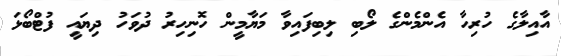
އާއިލާގެ ހުރިހާ އެންމެންގެ ލޯބި ލިބިފައިވާ މަޔާމީން ހޮނިހިރު ދުވަހު ދިޔައީ ފުޓްބޯޅަ